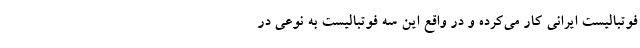
فوتبالیست ایرانی کار می‌کرده و در واقع این سه فوتبالیست به نوعی در